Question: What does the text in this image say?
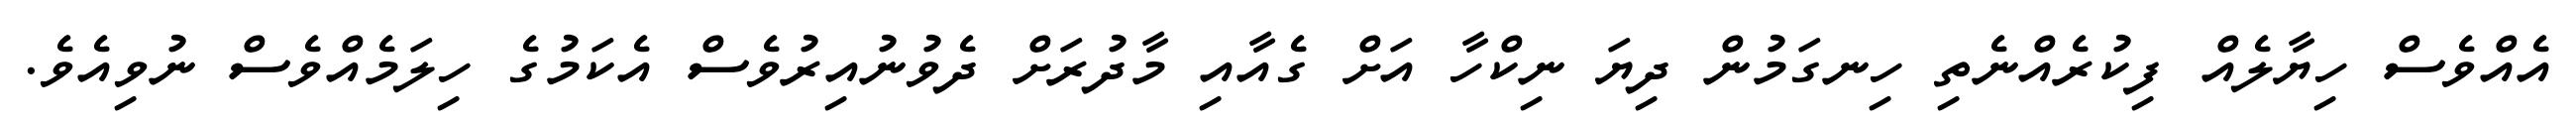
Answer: އެއްވެސް ހިޔާލެއް ފިކުރެއްނެތި ހިނގަމުން ދިޔަ ނިކްހާ އަށް ގެއާއި މާދުރަށް ދެވުނުއިރުވެސް އެކަމުގެ ހިލަމެއްވެސް ނުވިއެވެ.